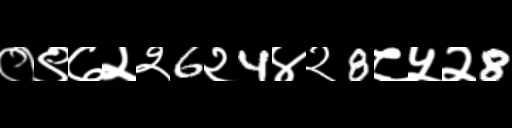
Text: ०९७२२6२4४२8८५२8